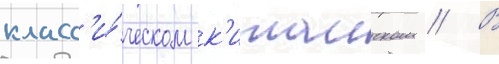
класс'и́ческом к'итаиском // В